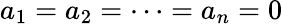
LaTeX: a_{1}=a_{2}=\cdots=a_{n}=0